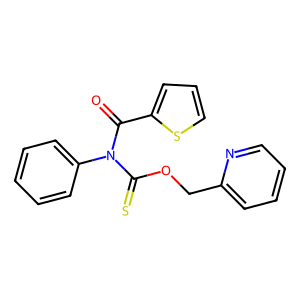
SMILES: O=C(c1cccs1)N(C(=S)OCc1ccccn1)c1ccccc1
Inhibits HIV replication: No